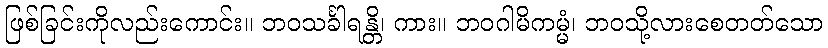
ဖြစ်ခြင်းကိုလည်းကောင်း။ ဘဝသင်္ခါရန္တိ၊ ကား။ ဘဝဂါမိကမ္မံ၊ ဘဝသို့လားစေတတ်သော